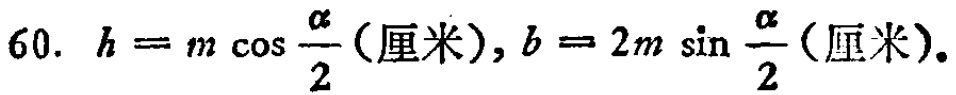
60. \(h = m\cos\frac{\alpha}{2}\)（厘米）, \(b = 2m\sin\frac{\alpha}{2}\)（厘米）.